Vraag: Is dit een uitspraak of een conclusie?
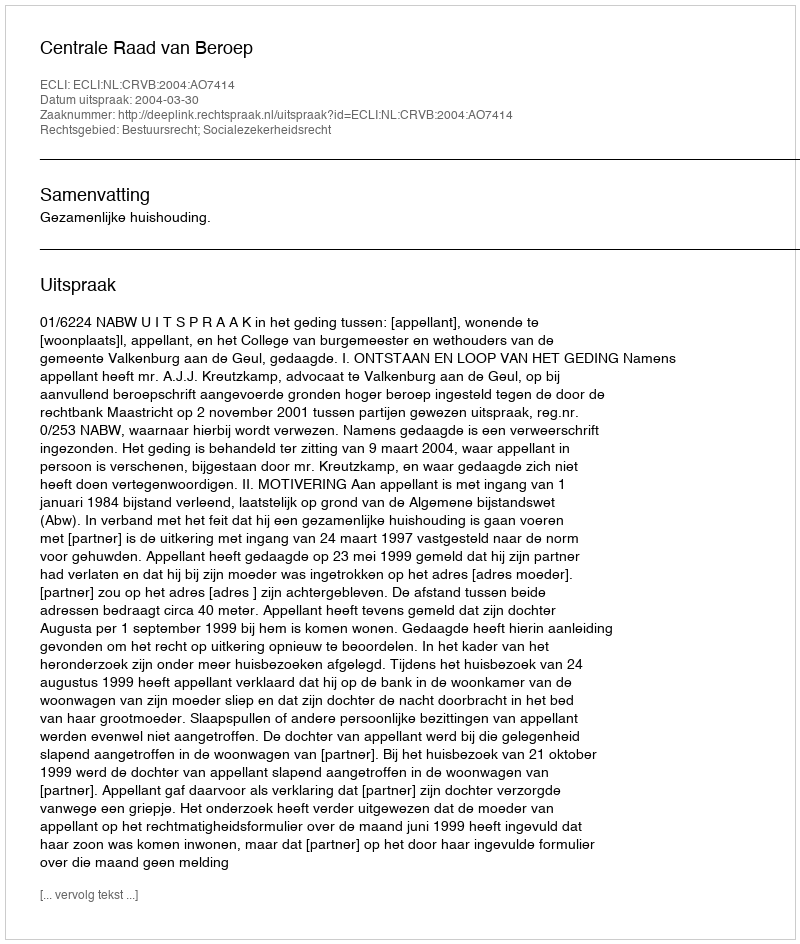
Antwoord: Uitspraak